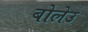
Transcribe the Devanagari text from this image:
बोलेउ